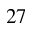
^ Ḋ 2 7 Ḍ